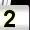
Digit: 2